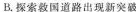
B.探索救国道路出现新突破